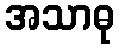
အသာဓု